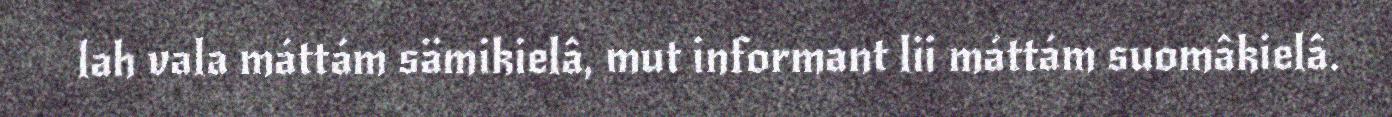
lah vala máttám sämikielâ, mut informant lii máttám suomâkielâ.